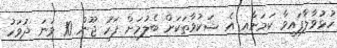
ހުޅުވާލާފައިވާ ކަމަށާއި އެ ޝަކުވާތަކަށް ބެލުމަށް ފަހު ޖޫން 10 ވަނަ ދުވަހު